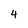
Character: 4